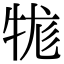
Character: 牻